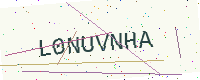
Text: L0NUVNHA